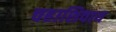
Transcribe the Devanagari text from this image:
चहाशिवाय